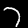
Digit: 7